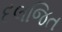
દલજિત